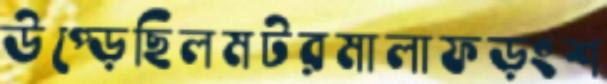
উপ্‌ড়েছিলমটরমালাফড়ংশ